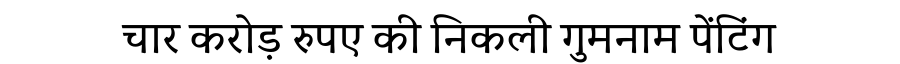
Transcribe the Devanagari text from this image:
चार करोड़ रुपए की निकली गुमनाम पेंटिंग